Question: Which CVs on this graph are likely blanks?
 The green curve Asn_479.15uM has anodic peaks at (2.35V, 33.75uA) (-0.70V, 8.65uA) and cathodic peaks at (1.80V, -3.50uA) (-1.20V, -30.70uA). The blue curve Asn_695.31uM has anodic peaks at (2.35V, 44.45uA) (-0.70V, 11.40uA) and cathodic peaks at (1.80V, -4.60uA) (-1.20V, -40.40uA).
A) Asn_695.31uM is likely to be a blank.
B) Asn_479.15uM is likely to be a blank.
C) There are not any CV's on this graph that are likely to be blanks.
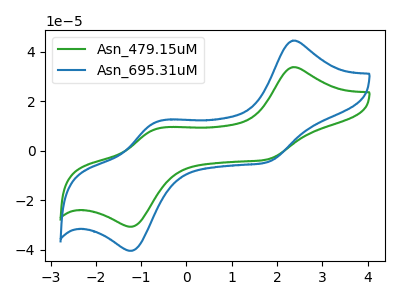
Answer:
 <answer>C) There are not any CV's on this graph that are likely to be blanks.</answer>
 <eval>C</eval>